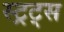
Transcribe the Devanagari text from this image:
स्ट्रट्स